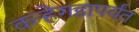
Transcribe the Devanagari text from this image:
कर्‍हेगडापर्यंत